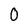
Character: 0